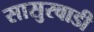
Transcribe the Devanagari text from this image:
सासुरवाडी